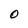
Character: O